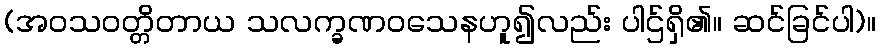
(အဝသဝတ္တိတာယ သလက္ခဏဝသေနဟူ၍လည်း ပါဌ်ရှိ၏။ ဆင်ခြင်ပါ)။